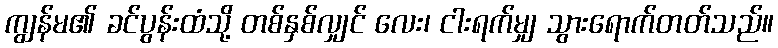
ကျွန်မ၏ ခင်ပွန်းထံသို့ တစ်နှစ်လျှင် လေး၊ ငါးရက်မျှ သွားရောက်တတ်သည်။